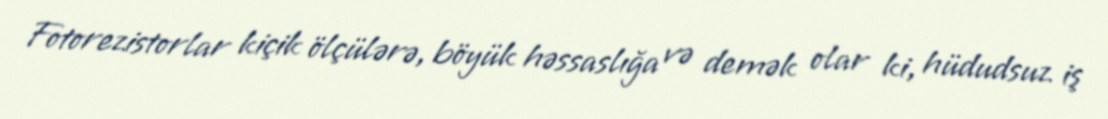
Fotorezistorlar kiçik ölçülərə, böyük həssaslığa və demək olar ki, hüdudsuz iş